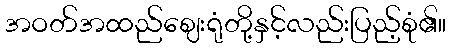
အဝတ်အထည်ဈေးရုံတို့နှင့်လည်းပြည့်စုံ၏။